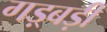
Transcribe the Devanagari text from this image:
गड़्बड़ी